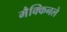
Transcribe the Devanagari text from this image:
मैक्किनले